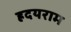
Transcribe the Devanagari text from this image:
ह्रदयराम